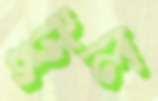
টুল